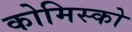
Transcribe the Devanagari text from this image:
कोमिस्को